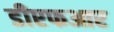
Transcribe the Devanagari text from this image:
डीएफआर